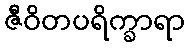
ဇီဝိတပရိက္ခာရာ